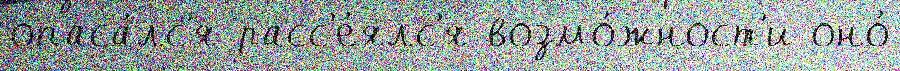
опаса́лс'я расс'е́ялс'я возмо́жност'и оно́